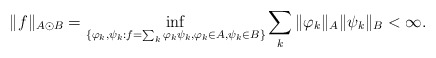
\begin{align*}\|f\|_{A\odot B}=\inf_{\{\varphi_{k},\psi_{k}:f=\sum_{k}\varphi_{k}\psi_{k},\varphi_{k}\in A,\psi_{k}\in B\}}\sum_{k}\|\varphi_{k}\|_{A}\|\psi_{k}\|_{B}<\infty.\end{align*}